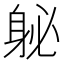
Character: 𰸽